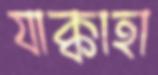
যাক্কাহা